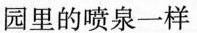
园里的喷泉一样